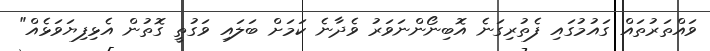
ވައްތަރުތައް ގައުމުގައި ފެތުރިގަނެ އޮބިނޯންނަވަރު ވެދާނެ ކަމަށް ބަލައި ވަގުތީ ގޮތުން އެޅިފިޔަވަޅެއް"